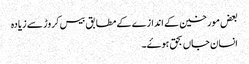
بعض مورخین کے اندازے کے مطابق بیس کروڑ سے زیادہ
انسان جاں بحق ہوۓ۔